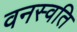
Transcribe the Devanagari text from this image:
वनस्वति